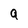
Character: a